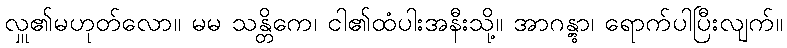
လှူ၏မဟုတ်လော။ မမ သန္တိကေ၊ ငါ၏ထံပါးအနီးသို့။ အာဂန္တွာ၊ ရောက်ပါပြီးလျက်။